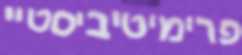
פרימיטיביסטיי